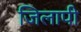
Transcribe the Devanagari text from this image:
जिलापी